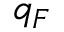
q _ { F }